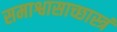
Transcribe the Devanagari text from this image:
समाश्वासाच्छास्त्रं